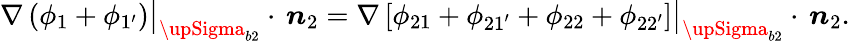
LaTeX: \nabla\left(\phi_{1}+\phi_{1^{\prime}}\right)\big|_{{\upSigma}_{b2}}\cdot\, \boldsymbol{n}_{2}=\nabla\left[\phi_{21}+\phi_{21^{\prime}}+\phi_{22}+\phi_{22^{\prime}}\right]\big|_{{\upSigma}_{b2}}\cdot\, \boldsymbol{n}_{2}.